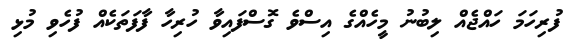
ފުރިހަމަ ހައްޖެއް ލިބުނު މީހެއްގެ އިސްވެ ގޮސްފައިވާ ހުރިހާ ފާފަތަކެއް ފުހެވި މުޅި